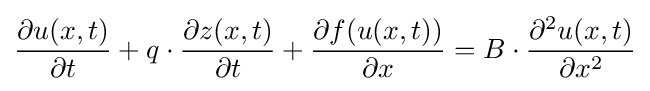
{\frac {\partial u(x,t)}{\partial t}}+q\cdot {\frac {\partial z(x,t)}{\partial t}}+{\frac {\partial f(u(x,t))}{\partial x}}=B\cdot {\frac {\partial ^{2}u(x,t)}{\partial x^{2}}}